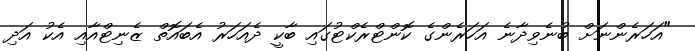
"އަހަރެންނަށް ބުނެވިދާނެ އަހަރެންގެ ކޮންޓްރެކްޓުގައި ބާކީ ދެއަހަރު އެބައޮތް ޒެނިޓްއާއި އެކު އަދި